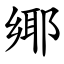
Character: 鄊